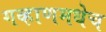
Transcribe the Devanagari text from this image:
गव्हाणमधेच